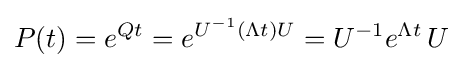
P(t)=e^{Qt}=e^{U^{-1}(\Lambda t)U}=U^{-1}e^{\Lambda t}\,U